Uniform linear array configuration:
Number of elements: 32
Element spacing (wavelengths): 1
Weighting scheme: cosine
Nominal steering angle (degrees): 60
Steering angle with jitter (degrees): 59.191
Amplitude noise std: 0.05
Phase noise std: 0.05

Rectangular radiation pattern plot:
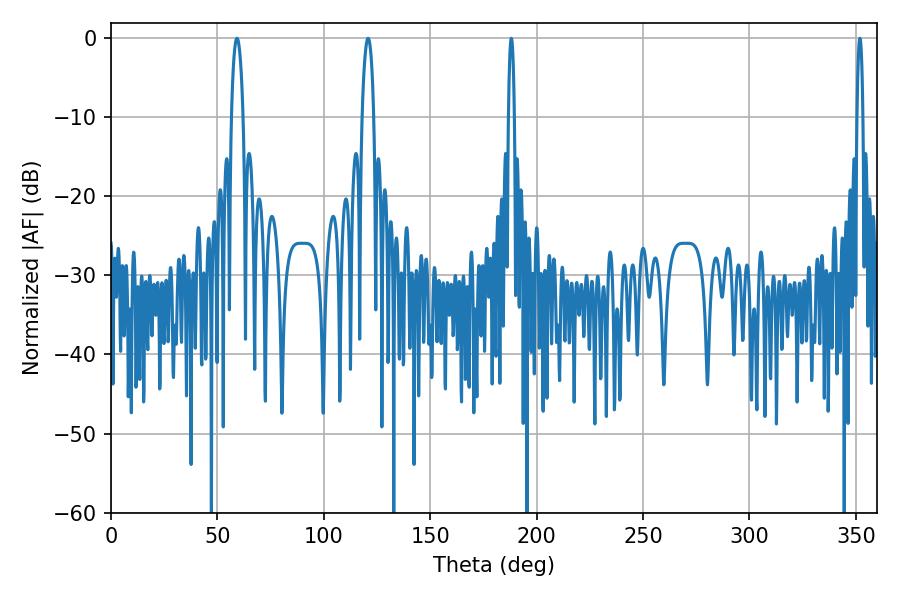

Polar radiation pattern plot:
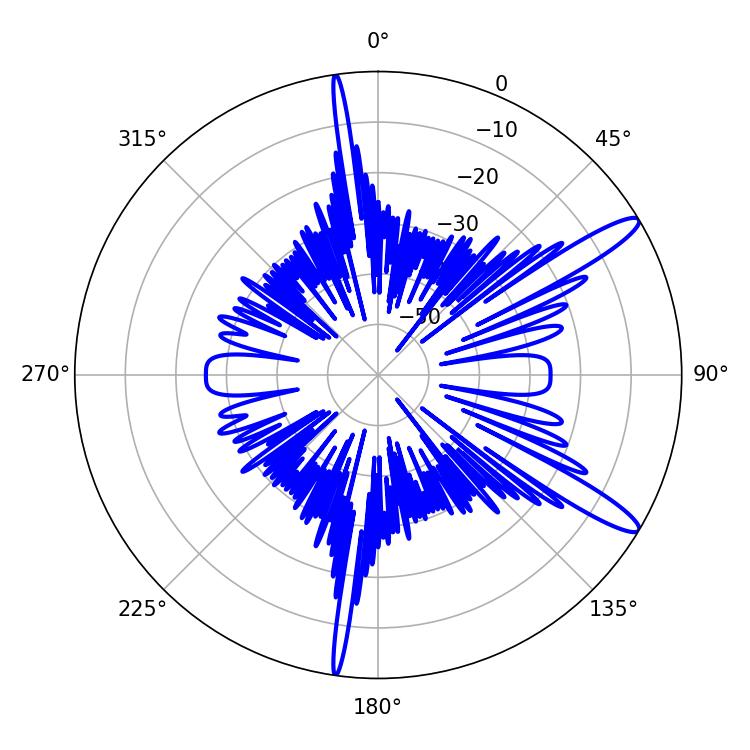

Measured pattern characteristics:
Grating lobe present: TRUE
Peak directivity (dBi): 13.2
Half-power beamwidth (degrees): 1.44
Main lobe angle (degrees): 188.1